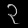
Digit: ၃